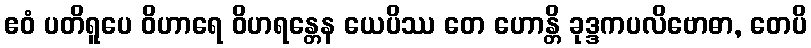
ဧဝံ ပတိရူပေ ဝိဟာရေ ဝိဟရန္တေန ယေပိဿ တေ ဟောန္တိ ခုဒ္ဒကပလိဗောဓာ, တေပိ